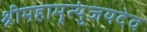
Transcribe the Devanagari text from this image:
श्रीमहामृत्युंजयदेव